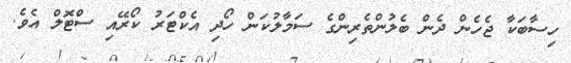
ހިސާބަކާ ޖެހެން ދެން ބެލުންތެރިންގެ ސަމާލުކަން ހޯދި އެކްޓަރު ކޯރޭއި ސްޓޮލް އެވެ.